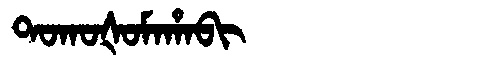
Manchu: ᡨᠣᡴᠣᡧᠣᠮᠠᡥᠠᠪᡳ
Romanization: TOKOŠOMAHABI